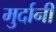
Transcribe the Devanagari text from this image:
मुर्दानी